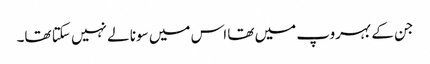
جن کے بہروپ میں تھا اس میں سونا لے نہیں سکتا تھا۔